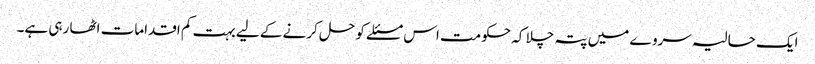
ایک حالیہ سروے میں پتہ چلا کہ حکومت اس مسئلے کو حل کرنے کے لیے بہت کم اقدامات اٹھا رہی ہے۔